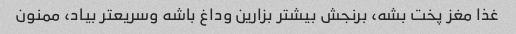
غذا مغز پخت بشه، برنجش بیشتر بزارین وداغ باشه وسریعتر بیاد، ممنون